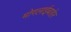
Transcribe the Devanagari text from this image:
मोगलाईबाहेर